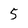
Character: 5